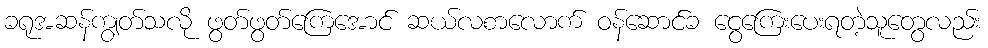
ခရုအဆန်ကျွတ်သလို ဖွတ်ဖွတ်ကြေအောင် ဆယ်လစာလောက် ဝန်ဆောင်ခ ငွေကြေးပေးရတဲ့သူတွေလည်း